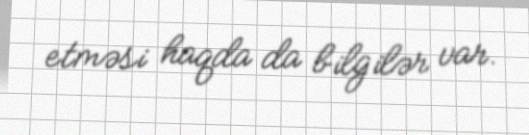
etməsi haqda da bilgilər var.